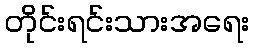
တိုင်းရင်းသားအရေး